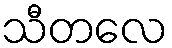
သီတလေ